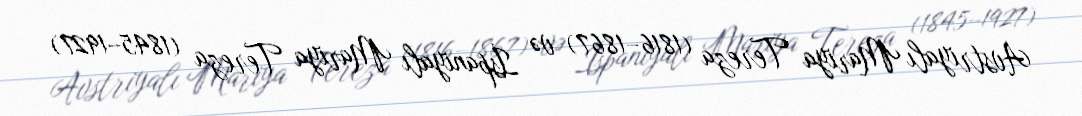
Avstriyalı Mariya Tereza (1816–1867) və İspaniyalı Mariya Tereza (1845–1927)